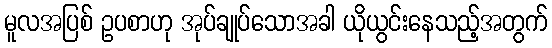
မူလအပြစ် ဥပစာဟု အုပ်ချုပ်သောအခါ ယိုယွင်းနေသည့်အတွက်